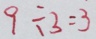
9 \div 3 = 3